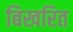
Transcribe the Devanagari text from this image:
बिखरित